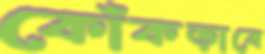
কোঁকড়াবে